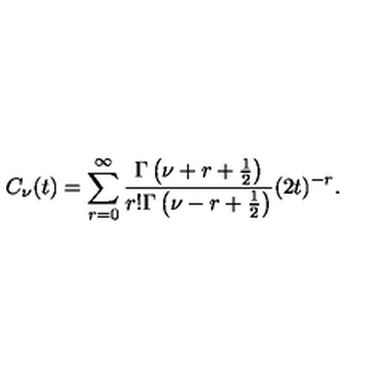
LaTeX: C _ { \nu } ( t ) = \sum _ { r = 0 } ^ { \infty } { \frac { \Gamma \left( \nu + r + { \frac { 1 } { 2 } } \right) } { r ! \Gamma \left( \nu - r + { \frac { 1 } { 2 } } \right) } } ( 2 t ) ^ { - r } .